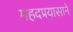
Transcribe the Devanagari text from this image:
महदप्रयासाने